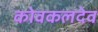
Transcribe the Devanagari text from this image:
कोवकलदेव